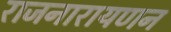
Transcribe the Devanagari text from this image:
राजनारायणन